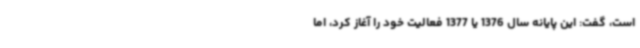
است، گفت: این پایانه سال 1376 یا 1377 فعالیت خود را آغاز کرد، اما